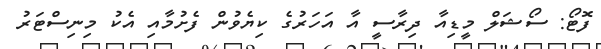
ފޮޓޯ: ސޯޝަލް މީޑިއާ ދިރާސީ އާ އަހަރުގެ ކިޔެވުން ފެށުމާއި އެކު މިނިސްޓަރު